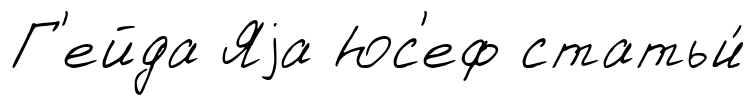
Г'ейда Яjа Юс'еф статьи́